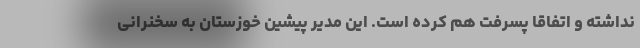
نداشته و اتفاقا پسرفت هم کرده است. این مدیر پیشین خوزستان به سخنرانی